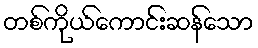
တစ်ကိုယ်ကောင်းဆန်သော